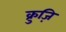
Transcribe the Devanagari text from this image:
क्रुज़ि